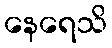
နေရေသိ